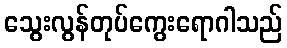
သွေးလွန်တုပ်ကွေးရောဂါသည်